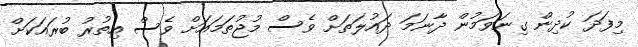
މިފަދަ ކުދިން ގިނަވަމުން ދާނަމަ ދައުލަތަށް ވެސް މުޖުތަމައަށް ވެސް އިތުރު ބުރައަކަށް